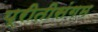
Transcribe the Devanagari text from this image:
प्रीतीसंगम